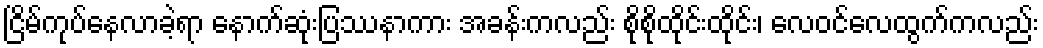
ငြိမ်ကုပ်နေလာခဲ့ရာ နောက်ဆုံးပြဿနာကား အခန်းကလည်း စိုစိုထိုင်းထိုင်း၊ လေဝင်လေထွက်ကလည်း